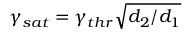
\gamma _ { s a t } = \gamma _ { t h r } \sqrt { d _ { 2 } / d _ { 1 } }